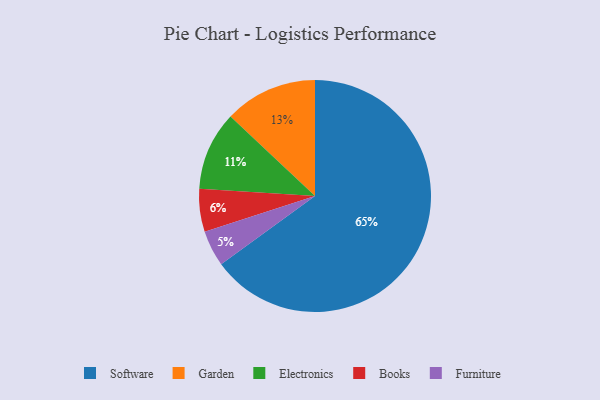
{"axis": {"x": "Category", "y": "Percentage"}, "legend": ["Books", "Electronics", "Furniture", "Garden", "Software"], "data": [{"x": "Garden", "y": 13, "type": "Garden"}, {"x": "Furniture", "y": 5, "type": "Furniture"}, {"x": "Software", "y": 65, "type": "Software"}, {"x": "Electronics", "y": 11, "type": "Electronics"}, {"x": "Books", "y": 6, "type": "Books"}]}